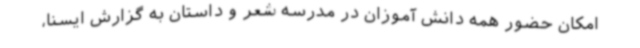
امکان حضور همه دانش آموزان در مدرسه شعر و داستان به گزارش ایسنا،